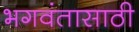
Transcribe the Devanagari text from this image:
भगवंतासाठी